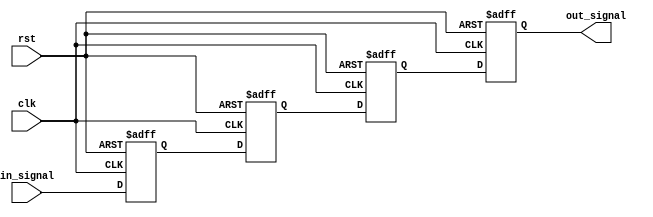
module ThreeFlopSynchronizer (
    input wire clk,
    input wire rst,
    input wire in_signal,
    output reg out_signal
);

reg flop1, flop2, flop3;

always @(posedge clk or posedge rst) begin
    if (rst) begin
        flop1 <= 1'b0;
        flop2 <= 1'b0;
        flop3 <= 1'b0;
        out_signal <= 1'b0;
    end else begin
        flop1 <= in_signal;
        flop2 <= flop1;
        flop3 <= flop2;
        out_signal <= flop3;
    end
end

endmodule